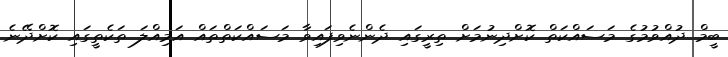
ބީމް ދުއްވުމުގެ މަސައްކަތް ކޮށްދިނުމަށް ތިރީގައި ދެންނެވިފައިވާ މަސައްކަތްތައް އަމިއްލަ ތަކެތީގައި ކޮށްދޭނެ